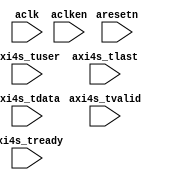
// This program was cloned from: https://github.com/ryuz/jelly
// License: MIT License

// ---------------------------------------------------------------------------
//  Jelly  -- The platform for real-time computing
//
//
//                                 Copyright (C) 2008-2018 by Ryuz
//                                 https://github.com/ryuz/jelly.git
// ---------------------------------------------------------------------------



`timescale 1ns / 1ps
`default_nettype none


module jelly_axi4s_debug_monitor
        #(
            parameter   TUSER_WIDTH = 1,
            parameter   TDATA_WIDTH = 24,
            parameter   TIMER_WIDTH = 32,
            parameter   FRAME_WIDTH = 32,
            parameter   PIXEL_WIDTH = 32,
            parameter   X_WIDTH     = 16,
            parameter   Y_WIDTH     = 16
        )
        (
            input   wire                            aresetn,
            input   wire                            aclk,
            input   wire                            aclken,
            
            input   wire    [TUSER_WIDTH-1:0]       axi4s_tuser,
            input   wire                            axi4s_tlast,
            input   wire    [TDATA_WIDTH-1:0]       axi4s_tdata,
            input   wire                            axi4s_tvalid,
            input   wire                            axi4s_tready
        );
    
    
    (* MARK_DEBUG = "true" *)   reg     [TUSER_WIDTH-1:0]   dbg_axi4s_tuser;
    (* MARK_DEBUG = "true" *)   reg                         dbg_axi4s_tlast;
    (* MARK_DEBUG = "true" *)   reg     [TDATA_WIDTH-1:0]   dbg_axi4s_tdata;
    (* MARK_DEBUG = "true" *)   reg                         dbg_axi4s_tvalid;
    (* MARK_DEBUG = "true" *)   reg                         dbg_axi4s_tready;
    
    (* MARK_DEBUG = "true" *)   reg     [TIMER_WIDTH-1:0]   dbg_timer;
    (* MARK_DEBUG = "true" *)   reg     [PIXEL_WIDTH-1:0]   dbg_pixel;
    (* MARK_DEBUG = "true" *)   reg     [FRAME_WIDTH-1:0]   dbg_frame;
    (* MARK_DEBUG = "true" *)   reg     [X_WIDTH-1:0]       dbg_x;
    (* MARK_DEBUG = "true" *)   reg     [Y_WIDTH-1:0]       dbg_y;
    (* MARK_DEBUG = "true" *)   reg     [X_WIDTH-1:0]       dbg_width;
    (* MARK_DEBUG = "true" *)   reg     [Y_WIDTH-1:0]       dbg_height;
    
    always @(posedge aclk) begin
        dbg_axi4s_tuser  <= axi4s_tuser;
        dbg_axi4s_tlast  <= axi4s_tlast;
        dbg_axi4s_tdata  <= axi4s_tdata;
        dbg_axi4s_tvalid <= axi4s_tvalid;
        dbg_axi4s_tready <= axi4s_tready;
    end
    
    always @(posedge aclk) begin
        if ( ~aresetn ) begin
            dbg_timer  <= 0;
            dbg_pixel  <= 0;
            dbg_frame  <= 0;
            dbg_x      <= 0;
            dbg_y      <= 0;
            dbg_width  <= 0;
            dbg_height <= 0;
        end
        else if ( aclken ) begin
            dbg_timer <= dbg_timer + 1;
            
            if ( axi4s_tvalid && axi4s_tready ) begin
                dbg_pixel <= dbg_pixel + 1;
                dbg_x     <= dbg_x     + 1;
                
                if ( axi4s_tlast ) begin
                    dbg_x     <= 0;
                    dbg_y     <= dbg_y + 1;
                    dbg_width <= dbg_x + 1;
                end
                
                if ( axi4s_tuser[0] ) begin
                    dbg_frame  <= dbg_frame + 1;
                    dbg_pixel  <= 0;
    //              dbg_x      <= 0;
                    dbg_y      <= 0;
                    dbg_height <= dbg_y;
                end
            end
        end
    end
    
    
endmodule



`default_nettype wire



// end of file